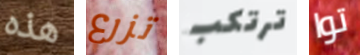
هذه تزرع ترتكب توا